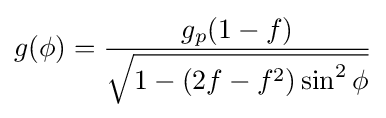
g(\phi )={\frac {g_{p}(1-f)}{\sqrt {1-(2f-f^{2})\sin ^{2}\phi }}}